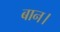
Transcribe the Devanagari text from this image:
बान।